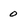
Character: 0